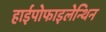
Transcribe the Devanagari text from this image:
हाईपोफाइलेन्थिन